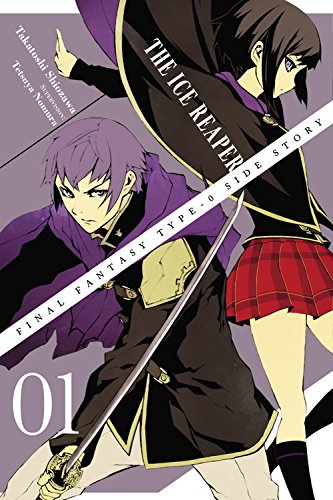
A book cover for Final Fantasy Type-0 Side Story, Vol. 1: The Ice Reaper (Final Fantasy 0-Type); Tetsuya Nomura; Comics & Graphic Novels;